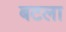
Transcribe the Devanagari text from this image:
बटला